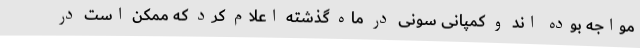
مواجه بوده اند و کمپانی سونی در ماه گذشته اعلام کرد که ممکن است در